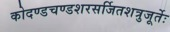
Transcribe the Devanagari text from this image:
कोदण्डचण्डशरसर्जितशत्रुजूर्तेः